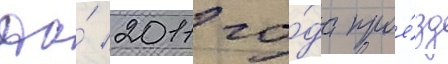
До́ 2011 го́да прое́зд